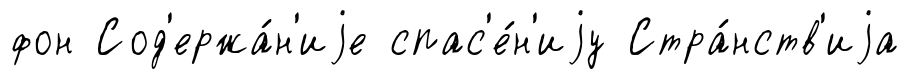
фон Сод'ержа́н'иjе спас'е́н'иjу Стра́нств'иjа